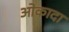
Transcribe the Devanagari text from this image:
ओकादा